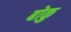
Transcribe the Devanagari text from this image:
बोकु